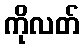
ကိုလတ်